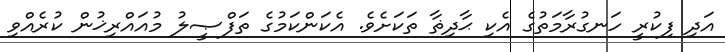
އަދި ފިކުރީ ހަނގުރާމަތުގެ އެކި ޙާދިޡާ ތަކަށެވެ. އެކަންކަމުގެ ތަފްޞީލު މުއައްރިޚުން ކުރެއްވި